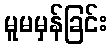
မူမမှန်ခြင်း